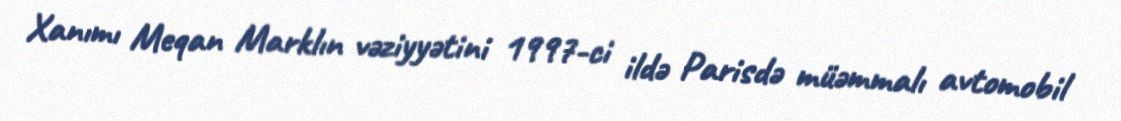
Xanımı Meqan Marklın vəziyyətini 1997-ci ildə Parisdə müəmmalı avtomobil